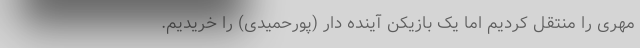
مهری را منتقل کردیم اما یک بازیکن آینده دار (پورحمیدی) را خریدیم.